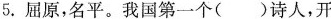
5.屈原，名平。我国第一个()诗人，开